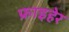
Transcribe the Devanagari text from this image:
फ्राइहेर